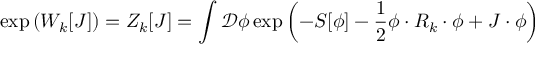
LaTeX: \exp \left( W _ { k } [ J ] \right) = Z _ { k } [ J ] = \int { \mathcal { D } } \phi \exp \left( - S [ \phi ] - { \frac { 1 } { 2 } } \phi \cdot R _ { k } \cdot \phi + J \cdot \phi \right)